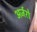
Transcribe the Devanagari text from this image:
अर्जरो